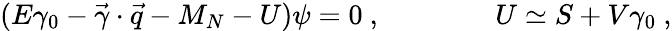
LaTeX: (E\gamma_{0}-\vec{\gamma}\cdot\vec{q}-M_{N}-U)\psi=0\ ,\qquad\qquad U\simeq S+V\gamma_{0}\ ,